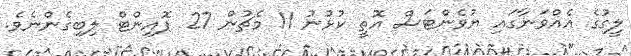
ލީގުގެ އެއްވަނާގައި ޔުވެންޓަސް އޮތީ ކުޅުނު 11 މެޗުން 27 ޕޮއިންޓް ލިބިގެންނެވެ.